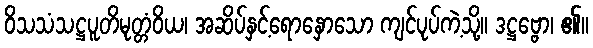
ဝိသသံသဋ္ဌပူတိမုတ္တံဝိယ၊ အဆိပ်နှင့်ရောနှောသော ကျင်ပုပ်ကဲ့သို့။ ဒဋ္ဌဗ္ဗော၊ ၏။